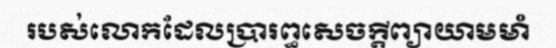
របស់លោកដែលប្រារឰសេចក្តីព្យាយាមមាំ